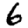
Digit: 6